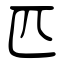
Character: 匹